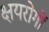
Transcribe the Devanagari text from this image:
क्षयरोगों